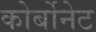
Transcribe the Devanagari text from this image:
कोर्बोनेट